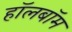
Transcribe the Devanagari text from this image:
हॉलबॉम